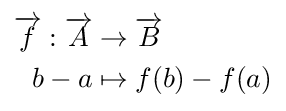
{\begin{aligned}{\overrightarrow {f}}:{\overrightarrow {A}}&\to {\overrightarrow {B}}\\b-a&\mapsto f(b)-f(a)\end{aligned}}